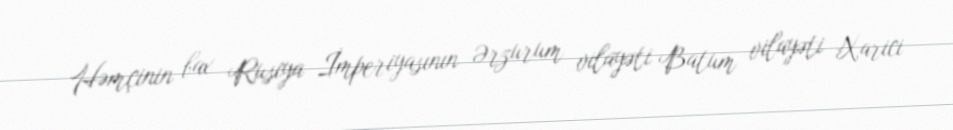
Həmçinin bax Rusiya İmperiyasının Ərzurum vilayəti Batum vilayəti Xarici